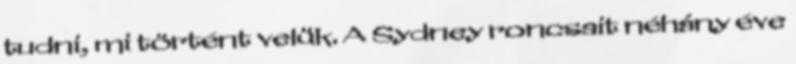
tudni, mi történt velük. A Sydney roncsait néhány éve